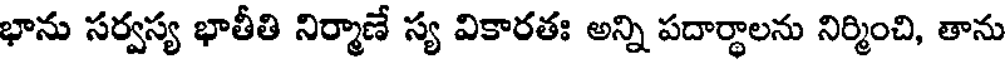
భాను సర్వస్య భాతీతి నిర్మాణే స్య వికారతః అన్ని పదార్థాలను నిర్మించి, తాను